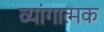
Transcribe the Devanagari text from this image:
व्यांगात्मक